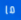
ما